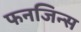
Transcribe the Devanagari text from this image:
फनजिन्स